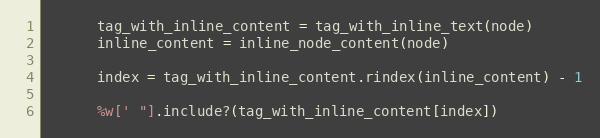
Language: Ruby
      tag_with_inline_content = tag_with_inline_text(node)
      inline_content = inline_node_content(node)

      index = tag_with_inline_content.rindex(inline_content) - 1

      %w[' "].include?(tag_with_inline_content[index])